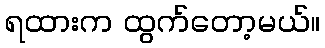
ရထားက ထွက်တော့မယ်။